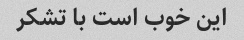
این خوب است با تشکر